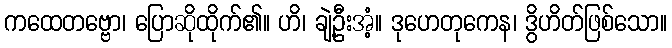
ကထေတဗ္ဗော၊ ပြောဆိုထိုက်၏။ ဟိ၊ ချဲ့ဦးအံ့။ ဒုဟေတုကေန၊ ဒွိဟိတ်ဖြစ်သော။